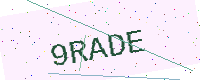
Text: 9RADE